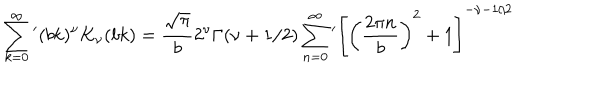
\sum _ { k = 0 } ^ { \infty } { ' } ( b k ) ^ { \nu } K _ { \nu } ( b k ) = \frac { \sqrt { \pi } } { b } 2 ^ { \nu } \Gamma ( \nu + 1 / 2 ) \sum _ { n = 0 } ^ { \infty } { ' } \left[ \left( \frac { 2 \pi n } { b } \right) ^ { 2 } + 1 \right] ^ { - \nu - 1 / 2 }